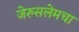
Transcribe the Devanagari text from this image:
जेरुसलेमचा